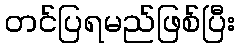
တင်ပြရမည်ဖြစ်ပြီး